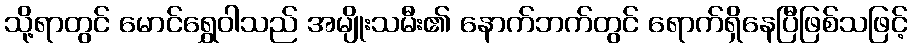
သို့ရာတွင် မောင်ရွှေဝါသည် အမျိုးသမီး၏ နောက်ဘက်တွင် ရောက်ရှိနေပြီဖြစ်သဖြင့်